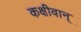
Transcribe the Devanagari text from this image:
कक्षीवान्